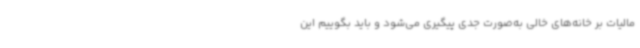
مالیات بر خانه‌های خالی به‌صورت جدی پیگیری می‌شود و باید بگوییم این